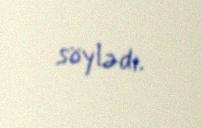
söylədi.